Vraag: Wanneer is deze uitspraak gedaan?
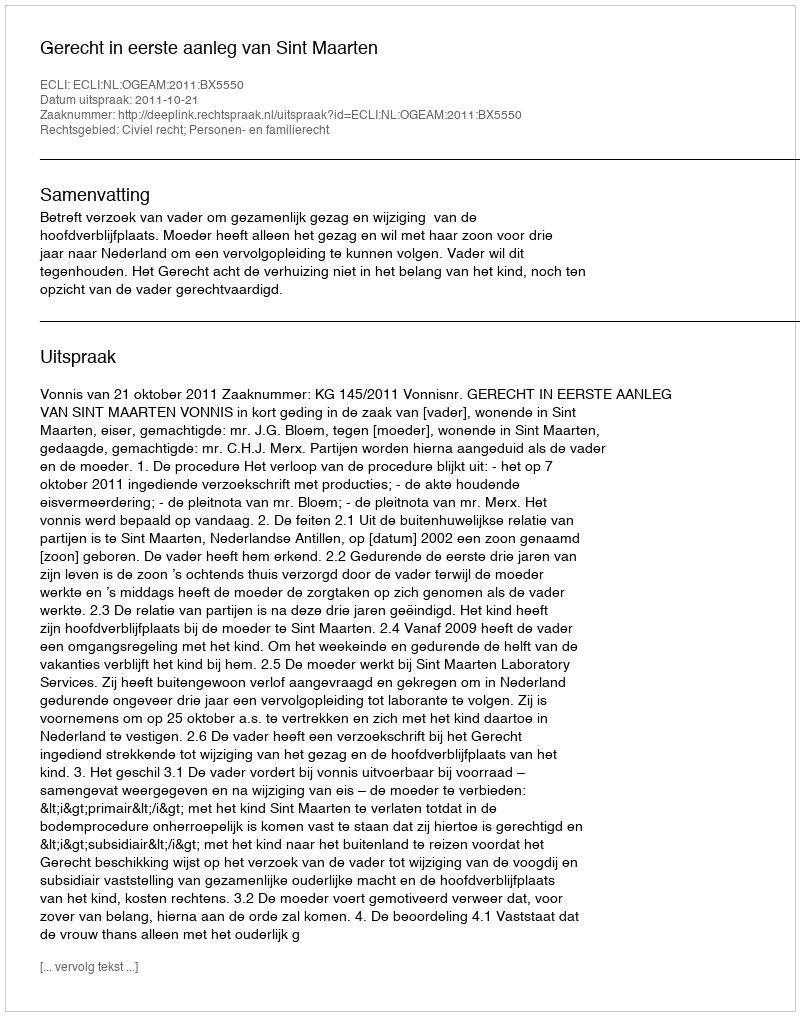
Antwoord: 2011-10-21